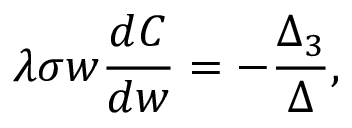
\lambda \sigma w \frac { d C } { d w } = - \frac { \Delta _ { 3 } } { \Delta } ,